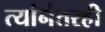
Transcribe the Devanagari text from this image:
त्यांनंतरही